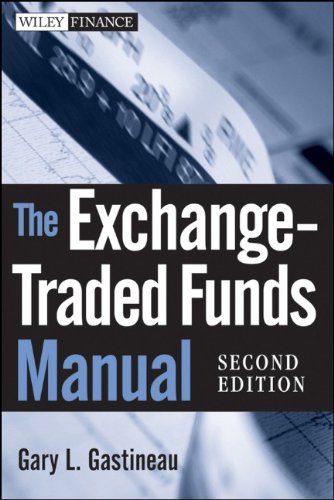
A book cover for The Exchange-Traded Funds Manual; Gary L. Gastineau; Business & Money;